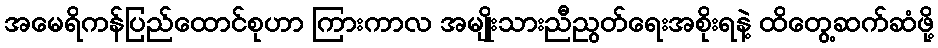
အမေရိကန်ပြည်ထောင်စုဟာ ကြားကာလ အမျိုးသားညီညွတ်ရေးအစိုးရနဲ့ ထိတွေ့ဆက်ဆံဖို့